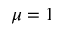
\mu = 1